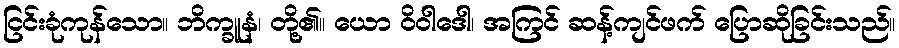
ငြင်းခုံကုန်သော။ ဘိက္ခူနံ၊ တို့၏။ ယော ဝိဝါဒေါ၊ အကြင် ဆန့်ကျင်ဖက် ပြောဆိုခြင်းသည်။